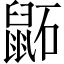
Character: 鼫